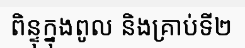
ពិន្ទុក្នុងពូល និងគ្រាប់ទី២